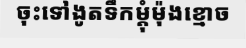
ចុះទៅងូតទឹកម្តុំម៉ុងខ្មោច